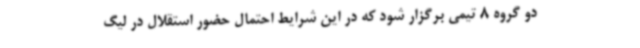
دو گروه 8 تیمی برگزار شود که در این شرایط احتمال حضور استقلال در لیگ